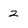
Character: 2